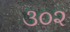
૩૦૨